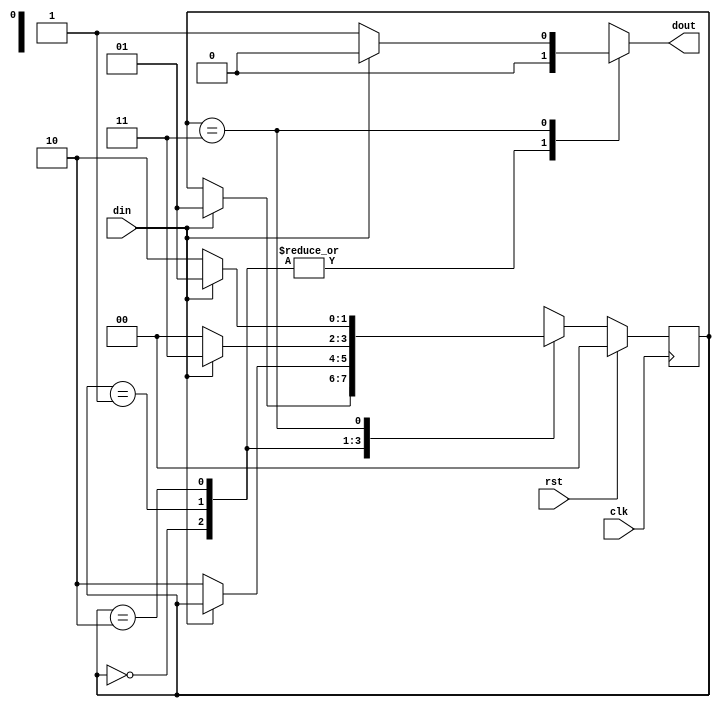
`timescale 1ns / 1ps
//////////////////////////////////////////////////////////////////////////////////
// Company: 
// Engineer: 
// 
// Design Name: 
// Module Name:    mealy_fsm_ol 
// Project Name: 
// Target Devices: 
// Tool versions: 
// Description: 
//
// Dependencies: 
//
// Revision: 
// Revision 0.01 - File Created
// Additional Comments: 
//
//////////////////////////////////////////////////////////////////////////////////
module mealy_fsm_ol(
    input din,clk,rst,
    output reg dout
    );
reg [1:0] cs,nst;
parameter s0= 2'b00,
          s1= 2'b01,
			 s2= 2'b10,
			 s3= 2'b11;

always@(posedge clk)
begin
if(rst==1) begin
cs<= s0; end
else begin
cs<= nst; end
end

always@(cs or din)
begin
case(cs)
s0: if(din==1) begin
    nst= s1; 
	 dout= 1'b0; end
	 else begin
	 nst= cs; 
	 dout= 1'b0; end

s1: if(din==0) begin
    nst= s2; 
	 dout= 1'b0; end
	 else begin
	 nst= cs; 
	 dout= 1'b0; end

s2: if(din==1) begin
    nst= s3; 
	 dout= 1'b0; end
	 else begin
	 nst= s0; 
	 dout= 1'b0; end

s3: if(din==0) begin
    nst= s2; 
	 dout= 1'b1; end
	 else begin
	 nst= s1; 
	 dout= 1'b0; end

default: nst= s0; 	 
	 
endcase
end

endmodule